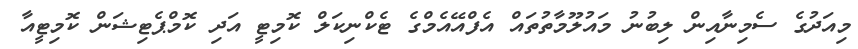
މިއަދުގެ ސެމިނާއިން ލިބުނު މައުލޫމާތުތައް އެފްއޭއެމްގެ ޓެކްނިކަލް ކޮމިޓީ އަދި ކޮމްޕެޓިޝަން ކޮމިޓީއާ